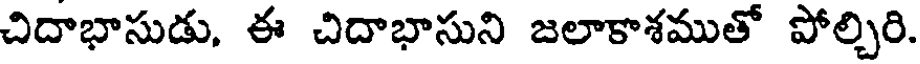
చిదాభాసుడు, ఈ చిదాభాసుని జలాకాశముతో పోల్చిరి.